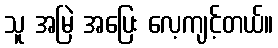
သူ အမြဲ အပြေး လေ့ကျင့်တယ်။